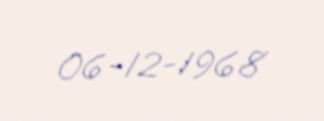
06-12-1968